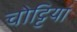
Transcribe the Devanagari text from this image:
चोट्टियां